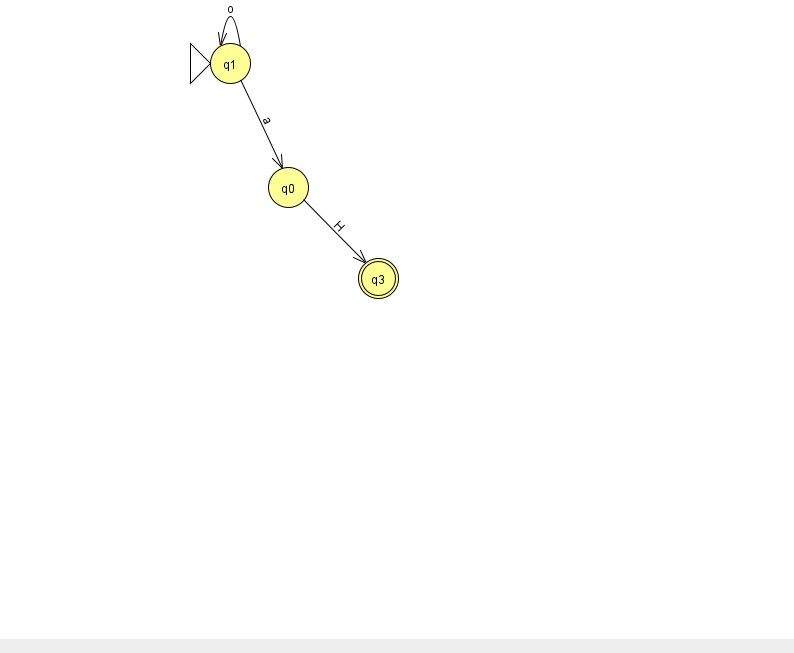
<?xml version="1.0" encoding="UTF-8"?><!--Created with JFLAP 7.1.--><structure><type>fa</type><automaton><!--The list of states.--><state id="0" name="q0"><x>288.0</x><y>174.0</y></state><state id="1" name="q1"><x>230.0</x><y>50.0</y><initial/></state><state id="3" name="q3"><x>378.0</x><y>265.0</y><final/></state><!--The list of transitions.--><transition><from>0</from><to>3</to><read>H</read></transition><transition><from>1</from><to>0</to><read>a</read></transition><transition><from>1</from><to>1</to><read>o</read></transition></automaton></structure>